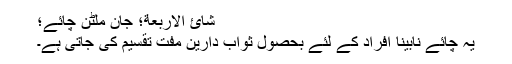
شائ الاربعة؛ جان ملٹن چائے؛
یہ چائے نابینا افراد کے لئے بحصُول ثوابِ دارین مفت تقسیم کی جاتی ہے۔